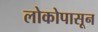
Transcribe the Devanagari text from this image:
लोकोपासून